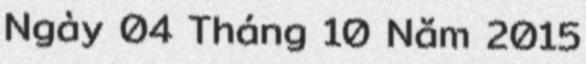
Ngày 04 Tháng 10 Năm 2015